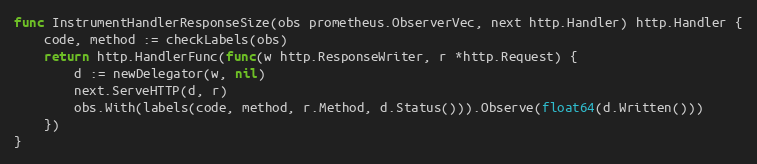
Language: Go
func InstrumentHandlerResponseSize(obs prometheus.ObserverVec, next http.Handler) http.Handler {
	code, method := checkLabels(obs)
	return http.HandlerFunc(func(w http.ResponseWriter, r *http.Request) {
		d := newDelegator(w, nil)
		next.ServeHTTP(d, r)
		obs.With(labels(code, method, r.Method, d.Status())).Observe(float64(d.Written()))
	})
}